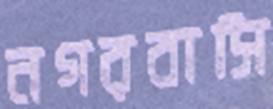
নগরবাসি